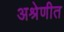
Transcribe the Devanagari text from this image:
अश्रेणीत